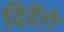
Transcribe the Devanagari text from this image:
दिदेंरो